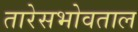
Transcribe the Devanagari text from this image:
तारेसभोवताल